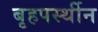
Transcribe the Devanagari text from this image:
बृहपर्स्थीन